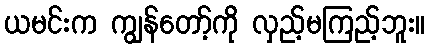
ယမင်းက ကျွန်တော့်ကို လှည့်မကြည့်ဘူး။